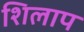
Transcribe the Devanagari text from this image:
शिलाप